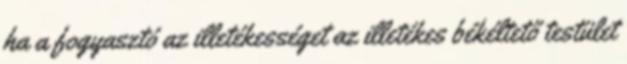
ha a fogyasztó az illetékességet az illetékes békéltető testület